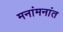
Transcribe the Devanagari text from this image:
मनांमनांत